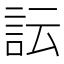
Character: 𧥼